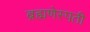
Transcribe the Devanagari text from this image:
ब्रह्मणेस्पती